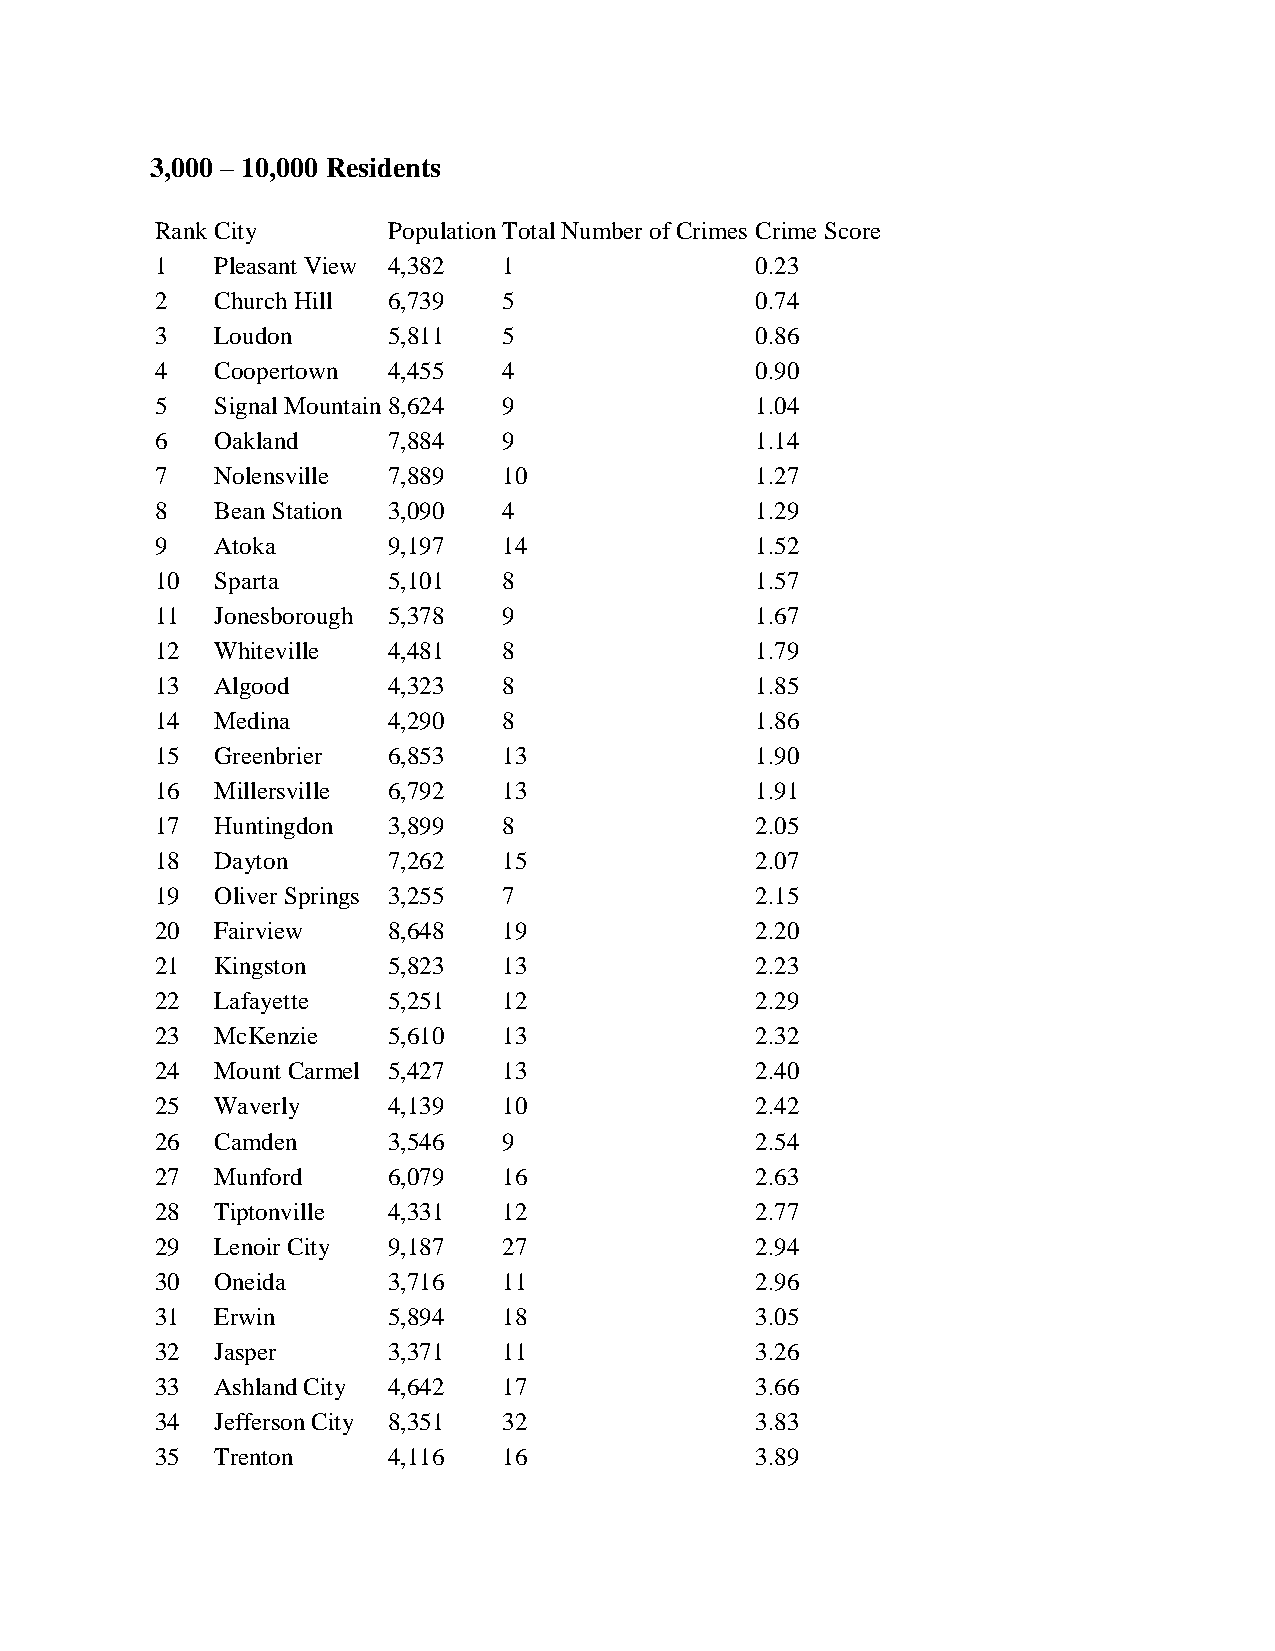
3,000 – 10,000 Residents
 Rank City       Population Total Number of Crimes Crime Score
 1   Pleasant View 4,382 1               0.23
 2   Church Hill 6,739  5                0.74
 3   Loudon      5,811  5                0.86
 4   Coopertown  4,455  4                0.90
 5   Signal Mountain 8,624 9             1.04
 6   Oakland     7,884  9                1.14
 7   Nolensville 7,889  10               1.27
 8   Bean Station 3,090 4                1.29
 9   Atoka       9,197  14               1.52
 10  Sparta      5,101  8                1.57
 11  Jonesborough 5,378 9                1.67
 12  Whiteville  4,481  8                1.79
 13  Algood      4,323  8                1.85
 14  Medina      4,290  8                1.86
 15  Greenbrier  6,853  13               1.90
 16  Millersville 6,792 13               1.91
 17  Huntingdon  3,899  8                2.05
 18  Dayton      7,262  15               2.07
 19  Oliver Springs 3,255 7              2.15
 20  Fairview    8,648  19               2.20
 21  Kingston    5,823  13               2.23
 22  Lafayette   5,251  12               2.29
 23  McKenzie    5,610  13               2.32
 24  Mount Carmel 5,427 13               2.40
 25  Waverly     4,139  10               2.42
 26  Camden      3,546  9                2.54
 27  Munford     6,079  16               2.63
 28  Tiptonville 4,331  12               2.77
 29  Lenoir City 9,187  27               2.94
 30  Oneida      3,716  11               2.96
 31  Erwin       5,894  18               3.05
 32  Jasper      3,371  11               3.26
 33  Ashland City 4,642 17               3.66
 34  Jefferson City 8,351 32             3.83
 35  Trenton     4,116  16               3.89